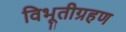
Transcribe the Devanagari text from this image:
विभूतीग्रहण